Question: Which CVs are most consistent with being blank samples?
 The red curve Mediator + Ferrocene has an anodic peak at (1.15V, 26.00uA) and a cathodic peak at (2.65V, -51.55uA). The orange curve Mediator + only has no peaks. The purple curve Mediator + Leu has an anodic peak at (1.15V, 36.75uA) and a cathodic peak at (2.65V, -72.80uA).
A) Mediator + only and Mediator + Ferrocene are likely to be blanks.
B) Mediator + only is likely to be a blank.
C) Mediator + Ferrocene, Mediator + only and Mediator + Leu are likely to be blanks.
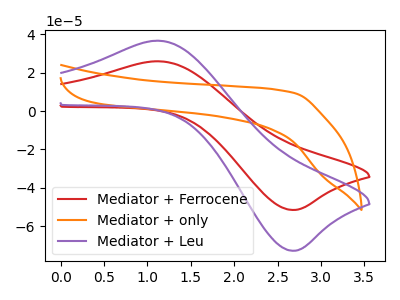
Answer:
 <answer>B) "Mediator + only" is likely to be a blank.</answer>
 <eval>B</eval>